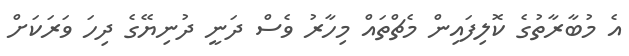
އެ މުބާރާތުގެ ކޮލިފައިން މެޗްތައް މިހާރު ވެސް ދަނީ ދުނިޔޭގެ ދިހަ ވަރަކަށް